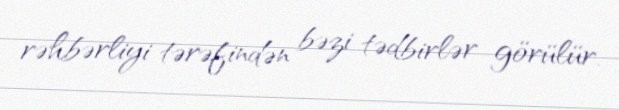
rəhbərliyi tərəfindən bəzi tədbirlər görülür.